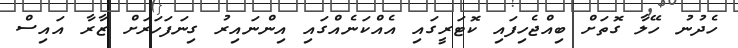
ހެދުނު ހޭލާ ގޮތަށް ބިއްޖެހިފައި ކޮޓަރީގައި އެއްކަނެއްގައި އިންނައިރު ގިނަފަހަރަށް ޒާރާ އައިސް